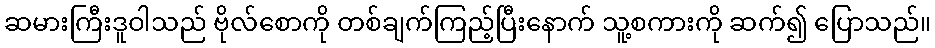
ဆမားကြီးဒူဝါသည် ဗိုလ်စောကို တစ်ချက်ကြည့်ပြီးနောက် သူ့စကားကို ဆက်၍ ပြောသည်။